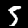
Label: 5